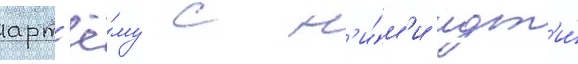
арт'ё́му с н'и́м'и идт'и́